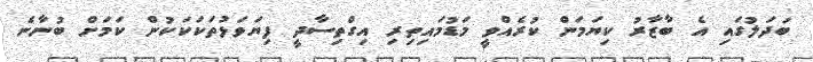
ބަދަލުގައި އެ ބާޒާރު ކިޔަމަން ކުރެއްވީ މަޑުމައިތިރި އިގްތިސާދީ ފިޔަވަޅުތަކަކަކުން ކަމަށް ބުނާނެ